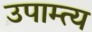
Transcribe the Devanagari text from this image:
उपाम्त्य